65_HS1-834228961_62-HQ-83894_Section_2
Agency: FBI
Page 150
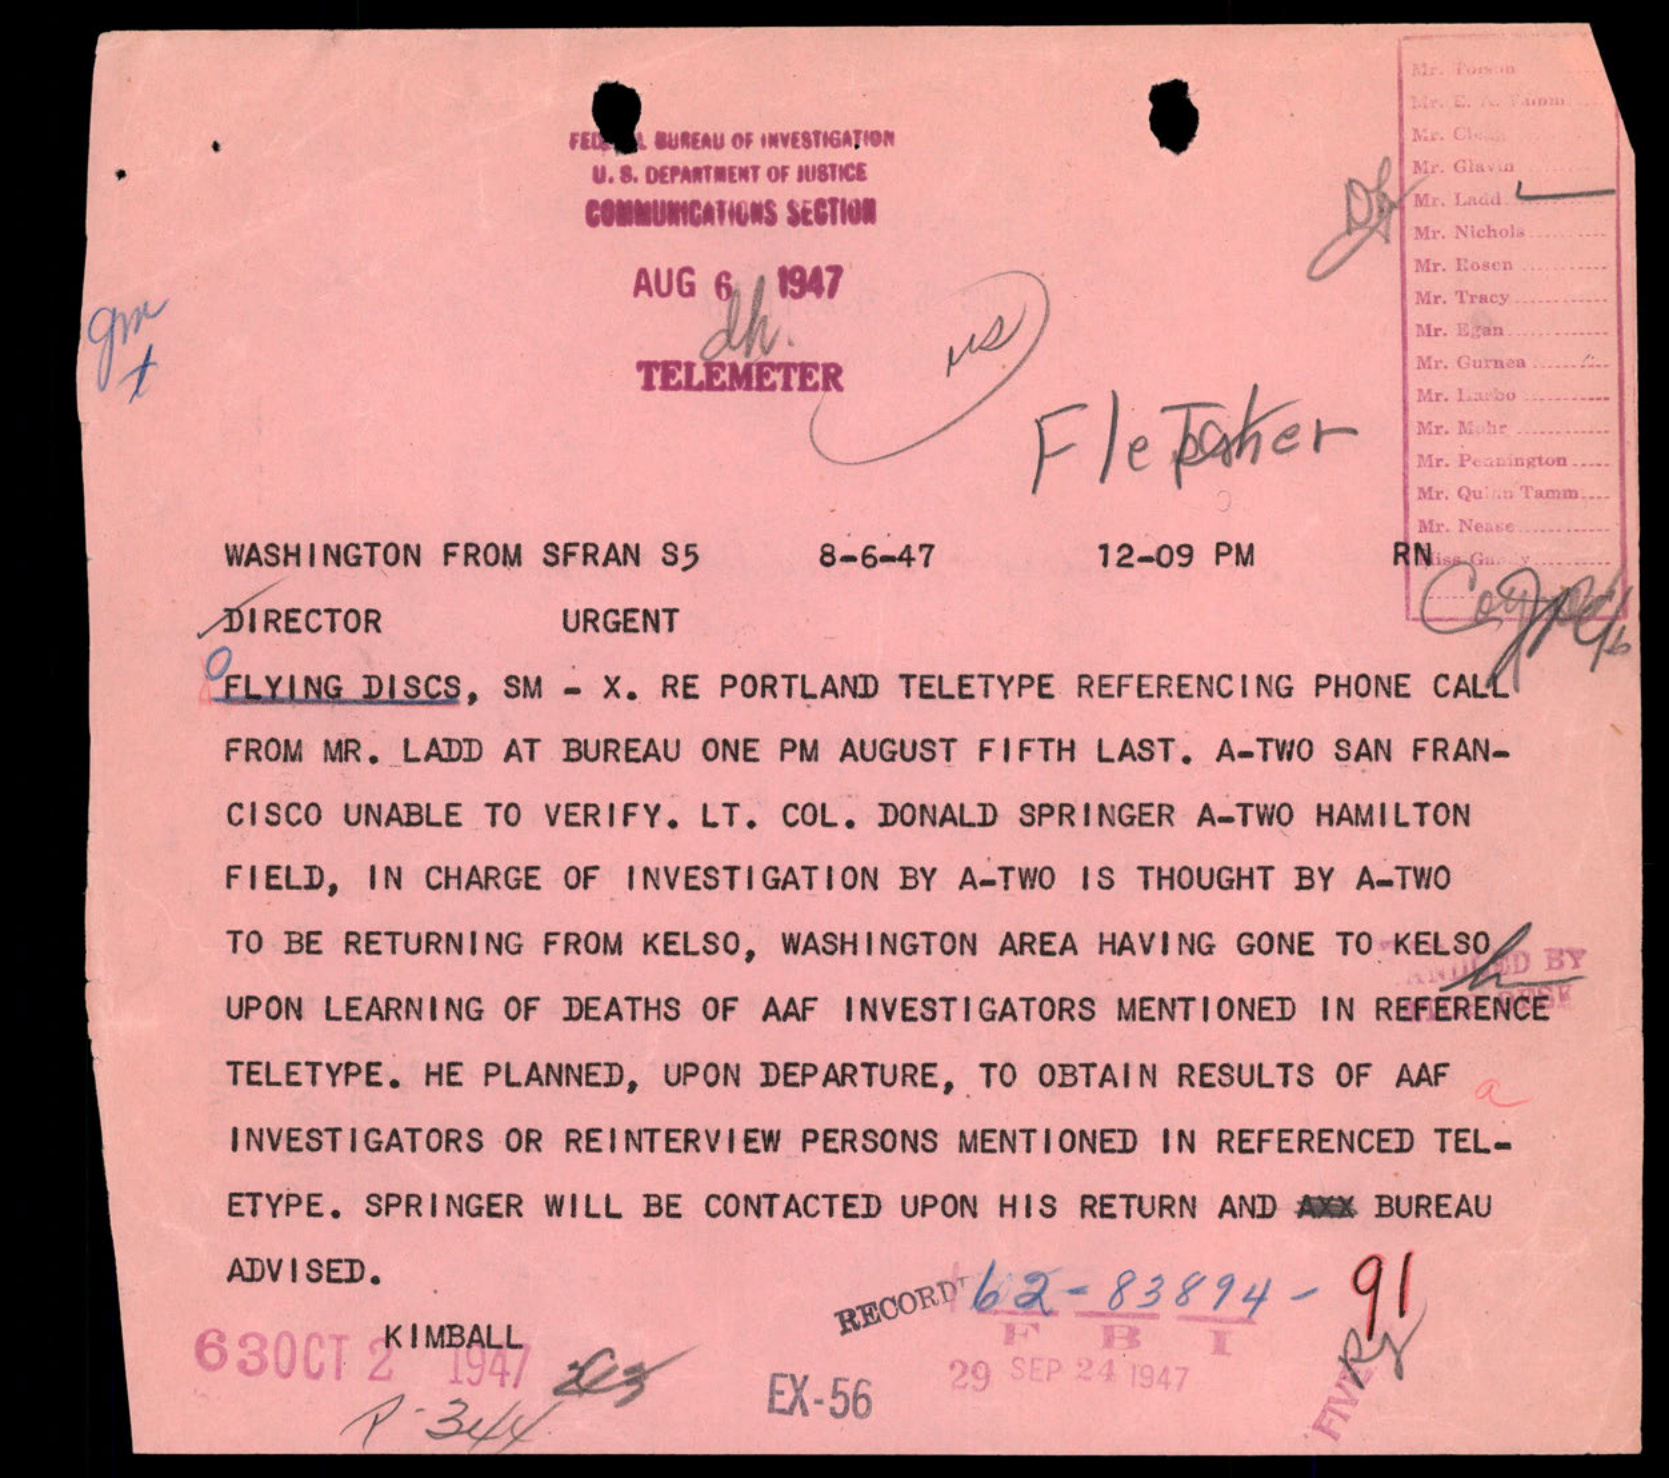